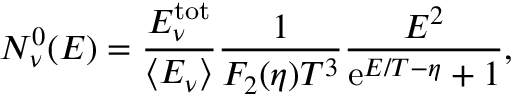
N _ { \nu } ^ { 0 } ( E ) = \frac { E _ { \nu } ^ { \mathrm { t o t } } } { \langle E _ { \nu } \rangle } \frac { 1 } { F _ { 2 } ( \eta ) T ^ { 3 } } \frac { E ^ { 2 } } { \mathrm { e } ^ { E / T - \eta } + 1 } ,